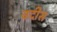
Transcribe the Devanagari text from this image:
वदीस